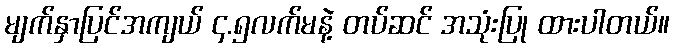
မျက်နှာပြင်အကျယ် ၄.၅လက်မနဲ့ တပ်ဆင် အသုံးပြု ထားပါတယ်။